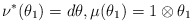
\begin{align*}\nu^\ast(\theta_1)=d\theta, \mu (\theta_1)=1 \otimes \theta_1\end{align*}